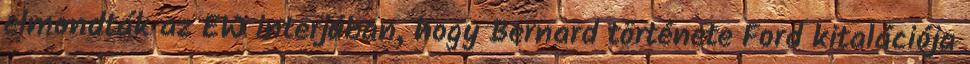
elmondták az EW interjúban, hogy Bernard története Ford kitalációja